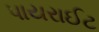
પાયરાઈટ